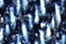
فسيموت